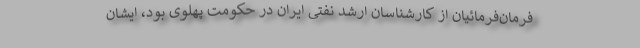
فرمان‌فرمائیان از کارشناسان ارشد نفتی ایران در حکومت پهلوی بود، ایشان